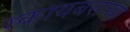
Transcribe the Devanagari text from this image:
स्कायबसच्या